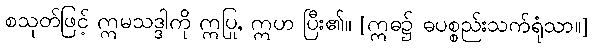
စသုတ်ဖြင့် ဣမသဒ္ဒါကို ဣပြု, ဣဟ ပြီး၏။ [ဣဓ၌ ဓပစ္စည်းသက်ရုံသာ။]